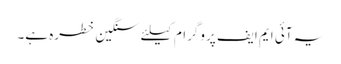
یہ آئی ایم ایف پروگرام کیلئے سنگین خطرہ ہے۔